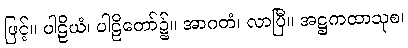
ဖြင့်။ ပါဠိယံ၊ ပါဠိတော်၌။ အာဂတံ၊ လာပြီ။ အဋ္ဌကထာသုစ၊